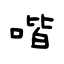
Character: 喈